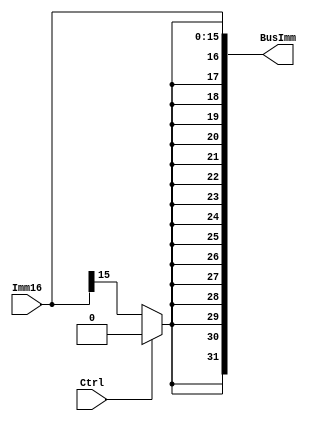
`timescale 1ns/1ps
module SignExtender(BusImm, Imm16, Ctrl);
output [31:0] BusImm;
input [15:0] Imm16;
input Ctrl;


wire extBit = (Ctrl ? 1'b0 : Imm16[15]);
assign BusImm = {{16{extBit}}, Imm16};

endmodule